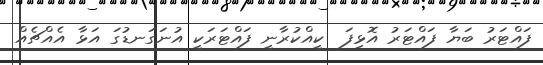
ފައްޓަރު ބަޔާ ފައްޓަރު އޮޅިފަ  ކީއްކުރާނީ ފައްޓަރަކީ އުނަގަނޑުގަ އަޅާ އެއްޗެއް